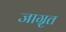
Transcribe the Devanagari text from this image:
जाग्रृत